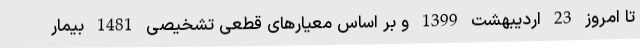
تا امروز 23 اردیبهشت 1399 و بر اساس معیارهای قطعی تشخیصی 1481 بیمار